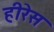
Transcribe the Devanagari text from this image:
हीरेस